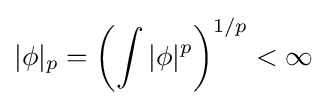
|\phi |_{p}=\left(\int |\phi |^{p}\right)^{1/p}<\infty